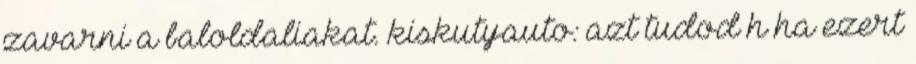
zavarni a baloldaliakat. kiskutyauto: azt tudod h ha ezert